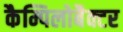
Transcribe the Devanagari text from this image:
कैम्पिलोबैक्टर